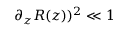
\partial _ { z } R ( z ) ) ^ { 2 } \ll 1